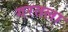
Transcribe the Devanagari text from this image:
गरतला